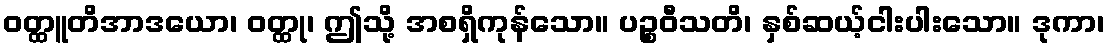
ဝတ္ထူတိအာဒယော၊ ဝတ္ထု၊ ဤသို့ အစရှိကုန်သော။ ပဉ္စဝီသတိ၊ နှစ်ဆယ့်ငါးပါးသော။ ဒုကာ၊